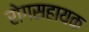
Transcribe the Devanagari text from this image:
रोगसहायक